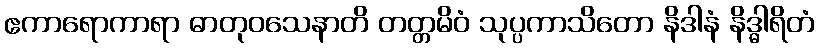
ဧကာရောကာရာ ဓာတုဝသေနာတိ တတ္တမိဝံ သုပ္ပကာသိတော နိဒါနံ နိဒ္ဓါရိတံ